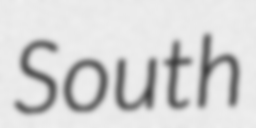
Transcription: South